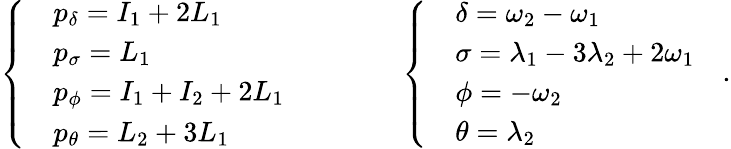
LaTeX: \left\{ \begin{array}{rl}&{p_{\delta}=I_{1}+2L_{1}}\\ &{p_{\sigma}=L_{1}}\\ &{p_{\phi}=I_{1}+I_{2}+2L_{1}}\\ &{p_{\theta}=L_{2}+3L_{1}}\end{array}\right.\qquad\qquad\left\{ \begin{array}{rl}&{\delta=\omega_{2}-\omega_{1}}\\ &{\sigma=\lambda_{1}-3\lambda_{2}+2\omega_{1}}\\ &{\phi=-\omega_{2}}\\ &{\theta=\lambda_{2}}\end{array}\right.\quad.